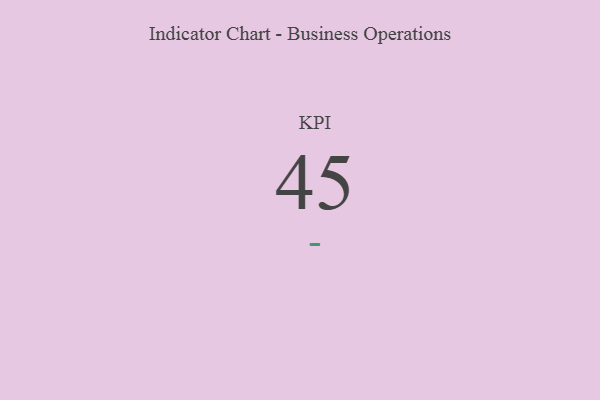
{"axis": {"x": "KPI", "y": "Value"}, "legend": [""], "data": [{"x": "KPI", "y": 45, "type": ""}]}